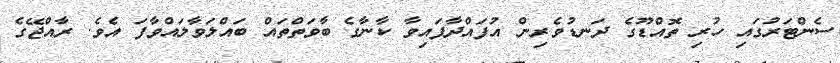
ސެންޓަރުގައި ހުރި ތޮއްޑޫގެ ދަނޑުވެރިން އުފައްދާފައިވާ ކާނާގެ ބާވަތްތައްް ބައްލަވާލައްވާފަ އެވެ. ރާއްޖޭގެ